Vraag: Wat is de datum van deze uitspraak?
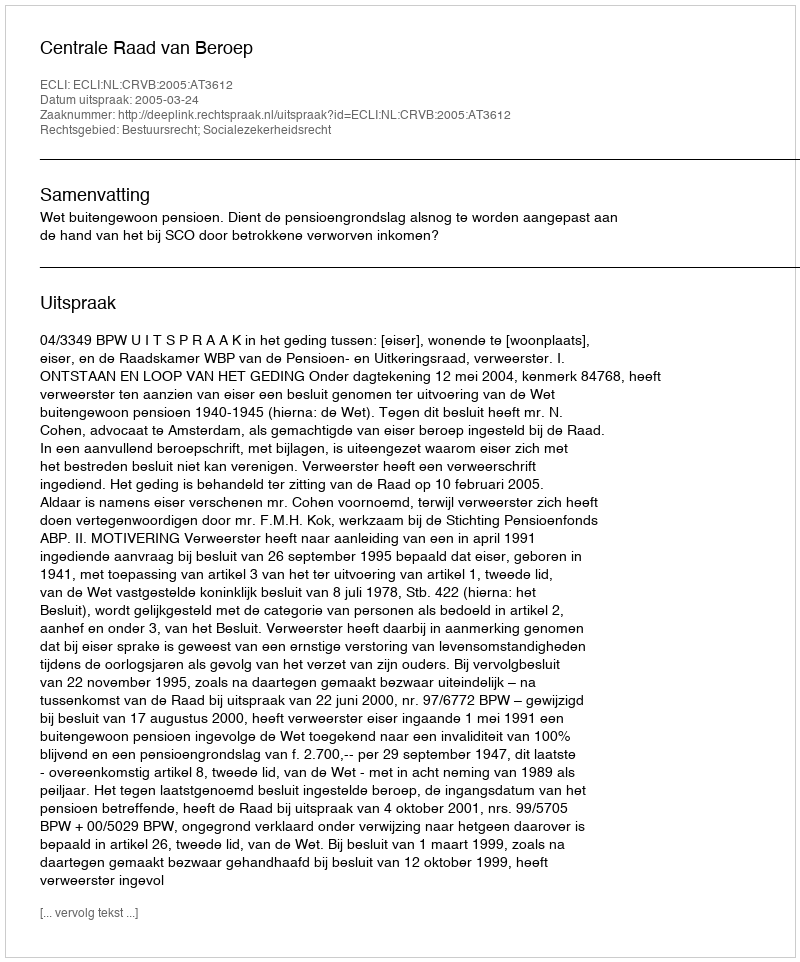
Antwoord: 2005-03-24